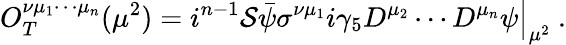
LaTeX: O_{T}^{\nu\mu_{1}\cdots\mu_{n}}(\mu^{2})=\left.i^{n-1}{\cal S}\bar{\psi}\sigma^{\nu\mu_{1}}i\gamma_{5}D^{\mu_{2}}\cdots D^{\mu_{n}}\psi\right|_{\mu^{2}}\ .